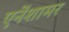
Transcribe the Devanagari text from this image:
एनेंशामर